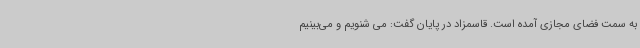
به سمت فضای مجازی آمده است. قاسمزاد در پایان گفت: می شنویم و می‌بینیم